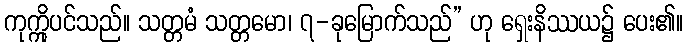
ကုက္ကိုပင်သည်။ သတ္တမံ သတ္တမော၊ ၇-ခုမြောက်သည်” ဟု ရှေးနိဿယ၌ ပေး၏။